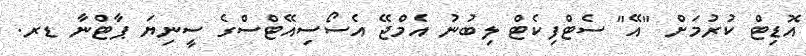
އޮޑިޓް ކުރުމަށް "އޭ" ސެޓްފިކެޓް ލިބުނު އެމްޖޭ އެސޯސިއޭޓްސްގެ ސީނިޔަ ޕާޓްނާ ޑރ.